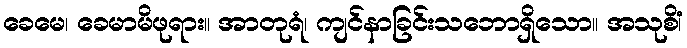
ခေမေ၊ ခေမာမိဖုရား။ အာတုရံ၊ ကျင်နာခြင်းသဘောရှိသော။ အသုစိံ၊